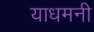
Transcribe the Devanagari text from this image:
याधमनी